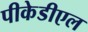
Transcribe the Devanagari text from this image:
पीकेडीएल